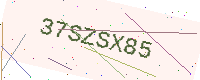
Text: 37SZSX85